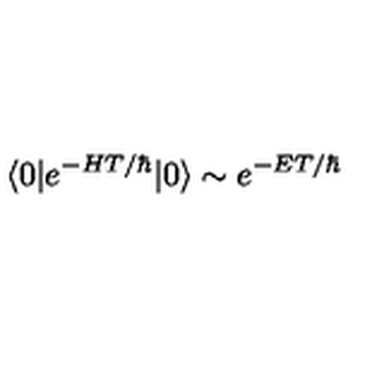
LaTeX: \langle 0 | e ^ { - H T / \hbar } | 0 \rangle \sim e ^ { - E T / \hbar }